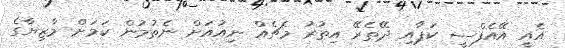
އެއީ އޭއެފްސީ ކަޕާއި ދޭތެރޭ އިތުރު މެޗެއް ނިއުއަށް ނެތުމުން ކަމަށް މާޒިޔާގެ